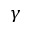
\gamma